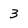
Character: 3